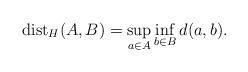
LaTeX: \begin{align*}\operatorname{dist}_H(A,B) = \sup_{a\in A} \inf_{b\in B} d(a,b).\end{align*}